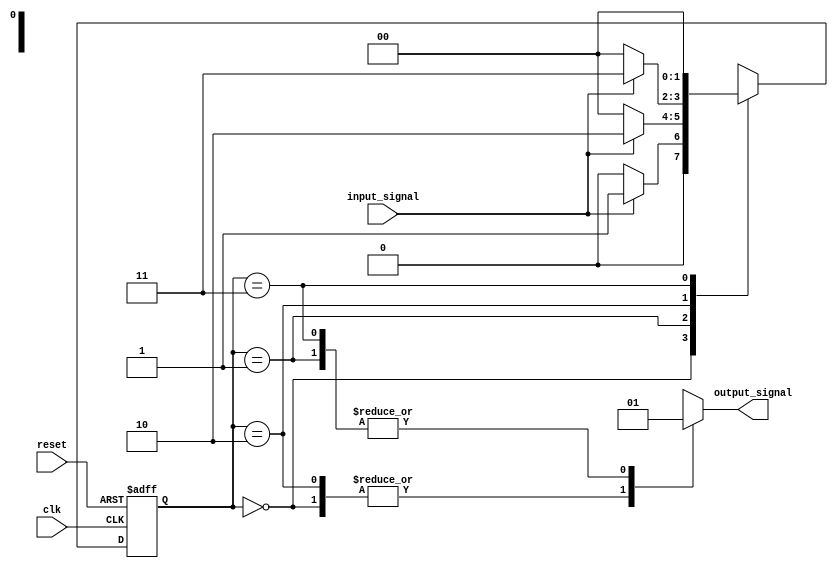
module fsm (
   input wire clk, //clock signal
   input wire reset, //reset signal
   input wire input_signal, //input signal
   output reg output_signal //output signal
);

//define states
parameter STATE_A = 2'b00;
parameter STATE_B = 2'b01;
parameter STATE_C = 2'b10;
parameter STATE_D = 2'b11;

//define state register
reg [1:0] state_reg, next_state_reg;

//define output register
reg output_reg;

//state transition and output logic
always @ (posedge clk or posedge reset) begin
   if (reset) begin
      state_reg <= STATE_A;
      output_reg <= 0;
   end else begin
      state_reg <= next_state_reg;
      output_reg <= (state_reg == STATE_B);
   end
end

//next state logic based on current state and input signal
always @ (*) begin
   case(state_reg)
      STATE_A: begin
         if (input_signal) next_state_reg = STATE_B;
         else next_state_reg = STATE_A;
      end
      STATE_B: begin
         if (input_signal) next_state_reg = STATE_C;
         else next_state_reg = STATE_A;
      end
      STATE_C: begin
         if (input_signal) next_state_reg = STATE_D;
         else next_state_reg = STATE_A;
      end
      STATE_D: begin
         if (input_signal) next_state_reg = STATE_A;
         else next_state_reg = STATE_A;
      end
      default: next_state_reg = STATE_A;
   endcase
end

//assign output signal based on current state
always @ (*) begin
   case(state_reg)
      STATE_A: output_signal = 2'b00;
      STATE_B: output_signal = 2'b01;
      STATE_C: output_signal = 2'b10;
      STATE_D: output_signal = 2'b11;
   endcase
end

endmodule